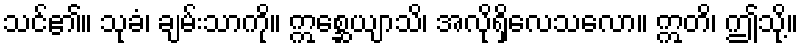
သင်၏။ သုခံ၊ ချမ်းသာကို။ ဣစ္ဆေယျာသိ၊ အလိုရှိလေသလော။ ဣတိ၊ ဤသို့။